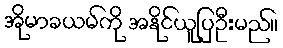
အိုမာခယမ်ကို အနိုင်ယူပြဦးမည်။